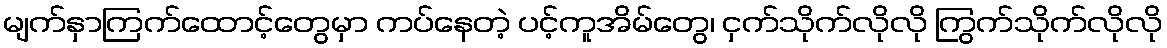
မျက်နှာကြက်ထောင့်တွေမှာ ကပ်နေတဲ့ ပင့်ကူအိမ်တွေ၊ ငှက်သိုက်လိုလို ကြွက်သိုက်လိုလို